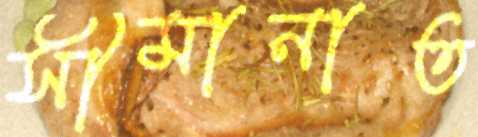
সীমানাত